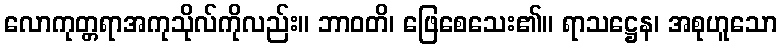
လောကုတ္တရာအကုသိုလ်ကိုလည်း။ ဘာဝတိ၊ ဖြေစေသေး၏။ ရာသဋ္ဌေန၊ အစုဟူသော